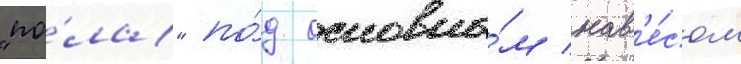
"по́ла" по́д основны́м нав'е́сом